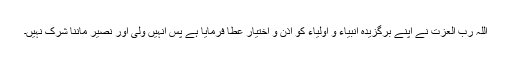
اللہ رب العزت نے اپنے برگزیدہ انبیاء و اولیاء کو اذن و اختیار عطا فرمایا ہے پس انہیں ولی اور نصیر ماننا شرک نہیں۔